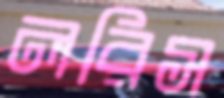
লরিস